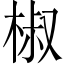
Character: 椒